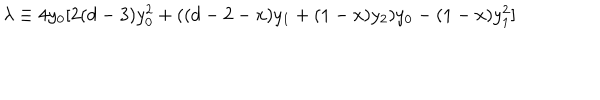
LaTeX: \lambda \equiv 4 y _ { 0 } [ 2 ( d - 3 ) y _ { 0 } ^ { 2 } + ( ( d - 2 - x ) y _ { 1 } + ( 1 - x ) y _ { 2 } ) y _ { 0 } - ( 1 - x ) y _ { 1 } ^ { 2 } ]